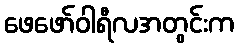
ဖေဖော်ဝါရီလအတွင်းက